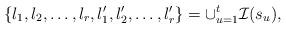
LaTeX: \begin{align*}\{l_1,l_2,\dots,l_r,l_1',l_2',\dots,l_r'\} = \cup_{u=1}^t \mathcal I(s_u),\end{align*}